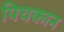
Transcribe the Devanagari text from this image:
पिचकान